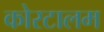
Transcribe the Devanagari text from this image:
कोरटालम